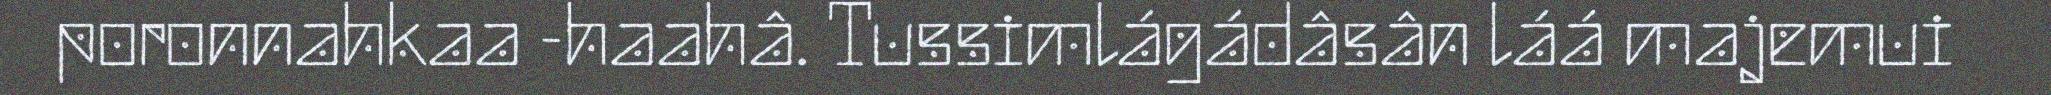
poronnahkaa -haahâ. Tussimlágádâsân láá majemui